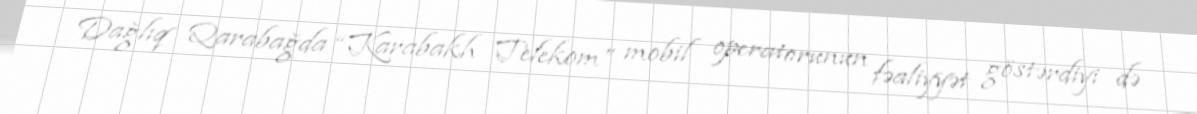
Dağlıq Qarabağda “Karabakh Telekom” mobil operatorunun fəaliyyət göstərdiyi də